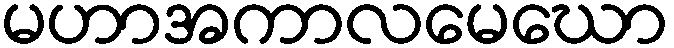
မဟာအကာလမေဃော